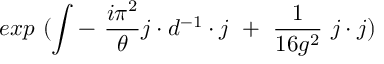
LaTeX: e x p ~ ( \int - ~ { \frac { i \pi ^ { 2 } } { \theta } } j \cdot d ^ { - 1 } \cdot j { } ~ + ~ { \frac { 1 } { 1 6 g ^ { 2 } } } ~ j \cdot j )